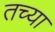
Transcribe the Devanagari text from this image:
तच्या